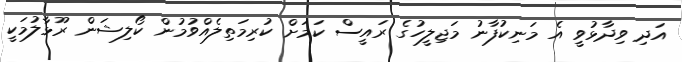
އަދި ވިދާޅުވީ އެ މަނިކުފާނު މަޖިލީހުގެ ރައީސް ކަމަށް ކުރިމަތިލެއްވުމުން ކޯލިޝަން ރޫޅާލުމަކީ